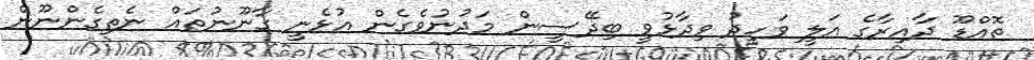
ތޮއްޑޫ ދާއިރާގެ އަލީ ވަހީދު ވިދާޅުވީ ބިދޭސީން މަދުނުވެގެން އުޅެނީ ގާނޫނުތައް ނެތިގެންނޫން